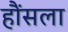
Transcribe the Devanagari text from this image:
हौंसला